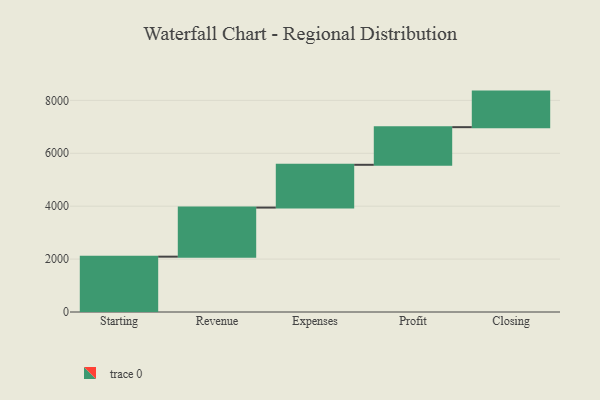
{"axis": {"x": "Step", "y": "Value"}, "legend": [""], "data": [{"x": "Starting", "y": 2092.0, "type": ""}, {"x": "Revenue", "y": 1855.0, "type": ""}, {"x": "Expenses", "y": 1617.0, "type": ""}, {"x": "Profit", "y": 1423.0, "type": ""}, {"x": "Closing", "y": 1344.0, "type": ""}]}